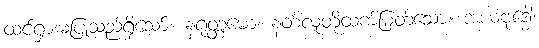
ထင်ရှားမပြုသည်ရှိသော်။ နရုတ္တမော၊ နတ်လူတို့ထက်မြတ်သော။ အယံဗုဒ္ဓေါ၊